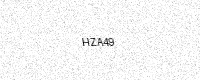
Text: HZA49